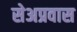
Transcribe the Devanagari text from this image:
सेअप्रवास